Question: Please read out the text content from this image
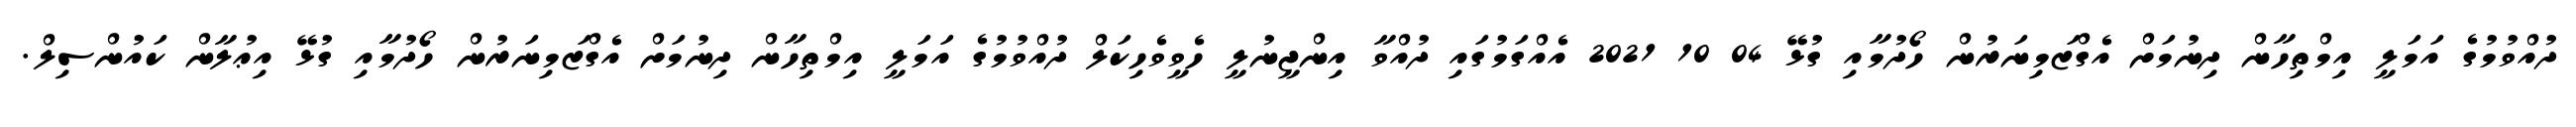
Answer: ދުއްވުމުގެ އަމަލީ އިމްތިހާން ދިނުމަށް އެގްޒަމިނަރުން ހޯދުމާއި ގުޅޭ 04 10 2021 އެއްގަމުގައި ދުއްވާ އިންޖީނުލީ ހެވީވެހިކަލް ދުއްވުމުގެ އަމަލީ އިމްތިހާން ދިނުމަށް އެގްޒަމިނަރުން ހޯދުމާއި ގުޅޭ އިޢުލާން ކައުންސިލް.